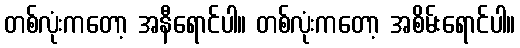
တစ်လုံးကတော့ အနီရောင်ပါ။ တစ်လုံးကတော့ အစိမ်းရောင်ပါ။